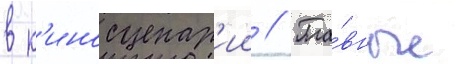
в к'иносценар'ии // Гла́вные